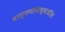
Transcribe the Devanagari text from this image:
वाङ्‌मयविश्‍वातील